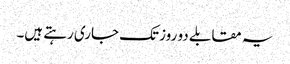
یہ مقابلے دو روز تک جاری رہتے ہیں۔